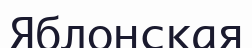
Яблонская